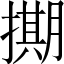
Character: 𭢘